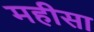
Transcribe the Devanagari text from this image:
महीसा